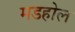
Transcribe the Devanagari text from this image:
मडहोल